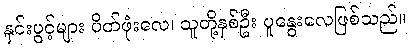
နှင်းပွင့်များ ပိတ်ဖုံးလေ၊ သူတို့နှစ်ဦး ပူနွေးလေဖြစ်သည်။